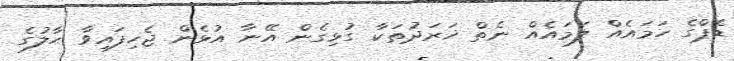
ޑެޕްގެ ހަމައެއް ލަމައެއް ނެތް ޚަރަދުތަކާ ގުޅިގެން އޭނާ އުޅެން ޖެހިފައިވާ ޙާލުގެ